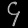
Digit: ၄